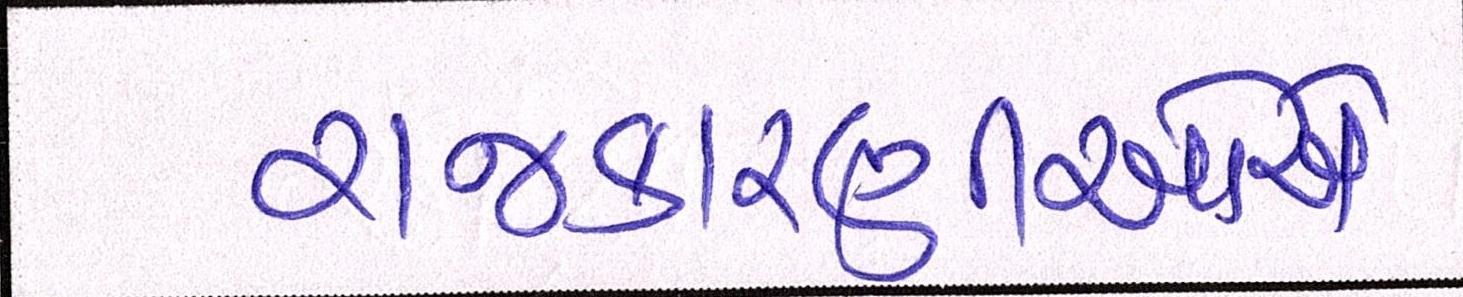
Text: રાજકારણીઓએ